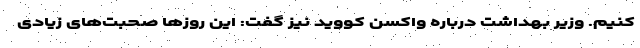
کنیم. وزیر بهداشت درباره واکسن کووید نیز گفت: این روزها صحبت‌های زیادی